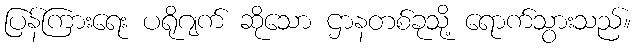
ပြန်ကြားရေး ပရိုဂျက် ဆိုသော ဌာနတစ်ခုသို့ ရောက်သွားသည်။